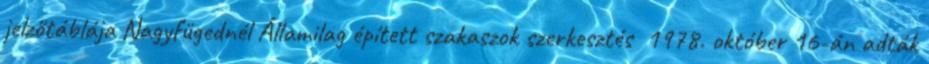
jelzőtáblája Nagyfügednél Államilag épített szakaszok szerkesztés 1978. október 16-án adták